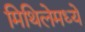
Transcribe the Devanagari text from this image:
मिथिलेमध्ये